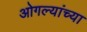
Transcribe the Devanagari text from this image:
ओगल्यांच्या